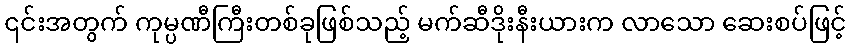
၎င်းအတွက် ကုမ္ပဏီကြီးတစ်ခုဖြစ်သည့် မက်ဆီဒိုးနီးယားက လာသော ဆေးစပ်ဖြင့်